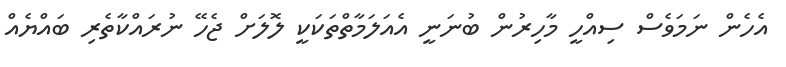
އެހެން ނަމަވެސް ސިއްހީ މާހިރުން ބުނަނީ އެއަލަމާތްތަކަކީ ލޮލަށް ޖެހޭ ނުރައްކާތެރި ބައްޔެއް